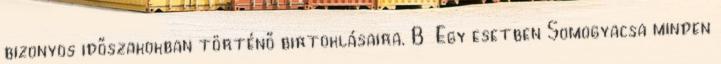
bizonyos időszakokban történő birtoklásaira. B Egy esetben Somogyacsa minden